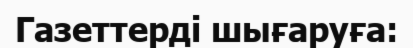
Газеттерді шығаруға: